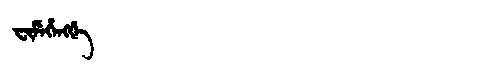
Manchu: ᠸᡳᠮᡝᡥᡝᠩᡤᡝ
Romanization: FIMEHENGGE